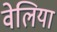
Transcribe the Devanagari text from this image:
वेलिया